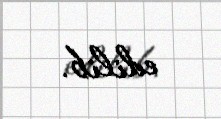
edilib.